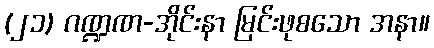
(၂၁) ဂဏ္ဍဏ-အိုင်းနာ မြင်းဖုစသော အနာ။